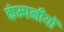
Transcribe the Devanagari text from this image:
कंम्पनीयों